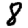
Digit: 8